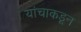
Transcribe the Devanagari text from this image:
यांचाकडून